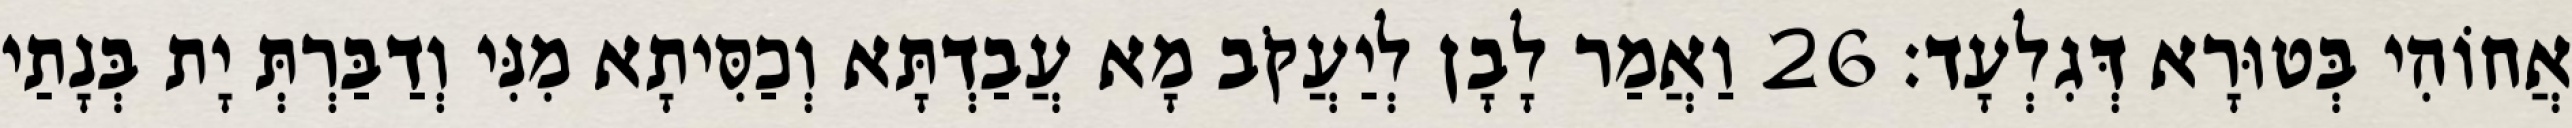
אֲחוֹהִי בְּטוּרָא דְּגִלְעָד׃ 26 וַאֲמַר לָבָן לְיַעֲקֹב מָא עֲבַדְתָּא וְכַסִּיתָא מִנִּי וְדַבַּרְתְּ יָת בְּנָתַי